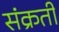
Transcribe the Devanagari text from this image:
संक्रती